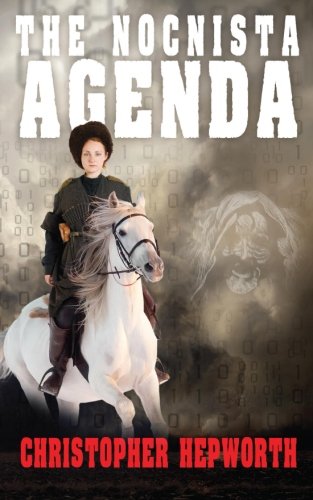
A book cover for The Nocnista Agenda; Christopher Hepworth; Mystery, Thriller & Suspense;